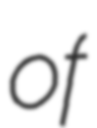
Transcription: of